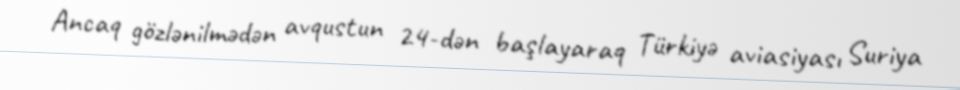
Ancaq gözlənilmədən avqustun 24-dən başlayaraq Türkiyə aviasiyası Suriya